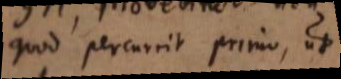
quod percurrit primo, ut